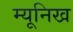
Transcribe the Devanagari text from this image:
म्‍यूनिख